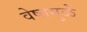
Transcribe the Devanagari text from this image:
वेषामुळे